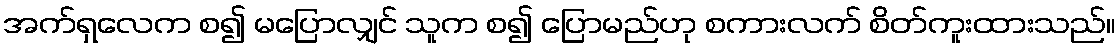
အက်ရှလေက စ၍ မပြောလျှင် သူက စ၍ ပြောမည်ဟု စကားလက် စိတ်ကူးထားသည်။